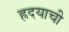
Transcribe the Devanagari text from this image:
ह्रदयाची